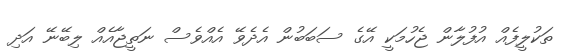
ތަކުލީފެއް އުފުލާން ޖެހުމަކީ އޭގެ ސަބަބުން އެދެވޭ އެއްވެސް ނަތީޖާއެއް ލިބޭނޭ އަދި